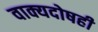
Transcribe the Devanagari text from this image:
वाक्यदोषही